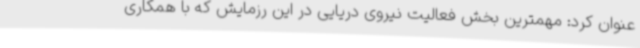
عنوان کرد: مهمترین بخش فعالیت نیروی دریایی در این رزمایش که با همکاری